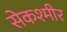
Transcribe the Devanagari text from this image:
सेकश्मीर